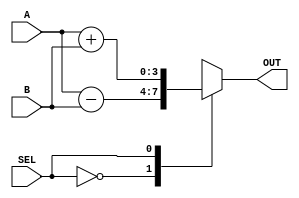
//Sumador Restador Binario
//Seccion 4-4, figura 4-13: Sumador - Restador de 4 bits

module SumadorRestadorde4bits(A,B,SEL,OUT); 

	//Definicion de Inputs y Outputs
	input [3:0] A,B;
	input SEL;
	output reg [3:0] OUT;
	
	always @ ( A or B or SEL)
	begin 
		case (SEL)
			1'b0:OUT = A-B;
			1'b1:OUT = A+B;
		endcase
	end
	
	
	

endmodule